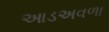
આડઅવળા